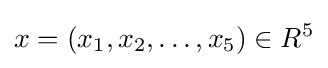
x=(x_{1},x_{2},\dots ,x_{5})\in R^{5}